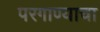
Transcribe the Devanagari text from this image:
परगाण्याचा